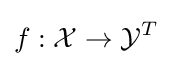
f:{\mathcal {X}}\rightarrow {\mathcal {Y}}^{T}